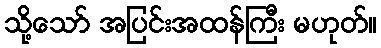
သို့သော် အပြင်းအထန်ကြီး မဟုတ်။